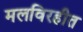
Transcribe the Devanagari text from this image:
मलविरहीत